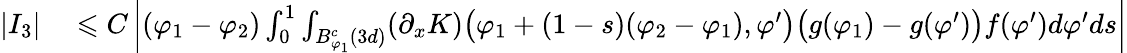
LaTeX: \begin{array}{rl}{|I_{3}|}&{{}\leqslant C\left|(\varphi_{1}-\varphi_{2})\int_{0}^{1}\int_{B_{\varphi_{1}}^{c}(3d)}(\partial_{x}K)\big(\varphi_{1}+(1-s)(\varphi_{2}-\varphi_{1}),\varphi^{\prime}\big)\big(g(\varphi_{1})-g(\varphi^{\prime})\big)f(\varphi^{\prime})d\varphi^{\prime}ds\right|}\end{array}